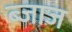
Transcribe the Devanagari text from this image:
ब्जाज